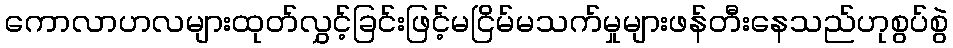
ကောလာဟလများထုတ်လွှင့်ခြင်းဖြင့်မငြိမ်မသက်မှုများဖန်တီးနေသည်ဟုစွပ်စွဲ